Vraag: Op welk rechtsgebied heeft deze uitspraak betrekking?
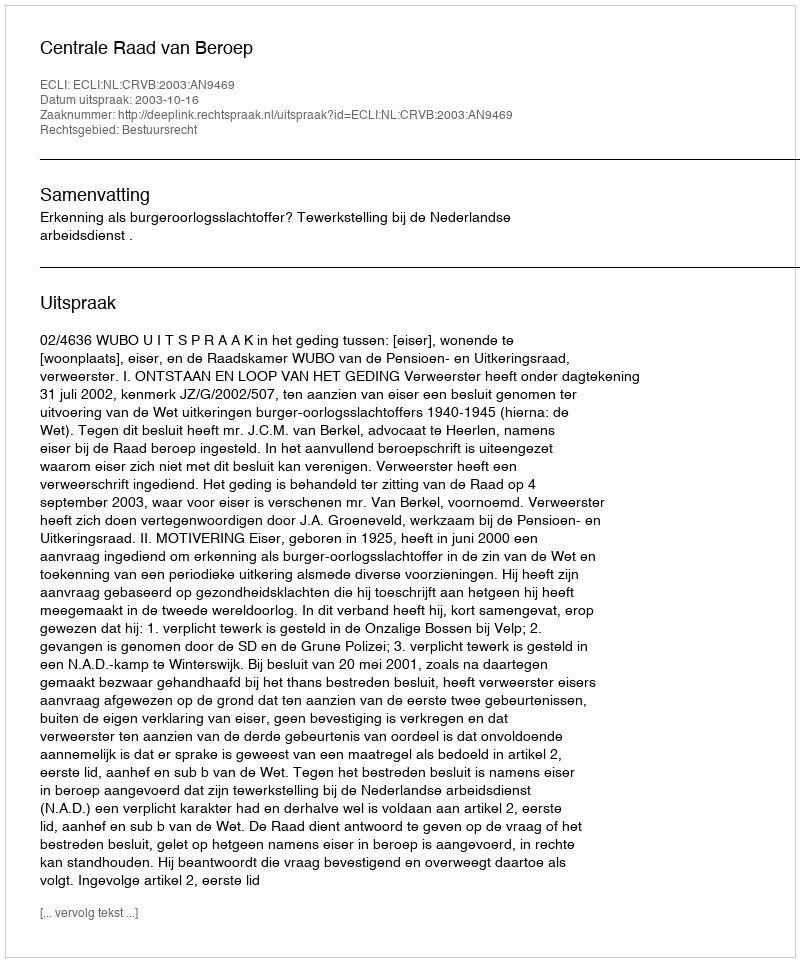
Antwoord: Bestuursrecht